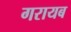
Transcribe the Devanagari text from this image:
गरायब